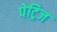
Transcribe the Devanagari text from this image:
पेट्रिज